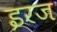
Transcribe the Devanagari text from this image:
इरज